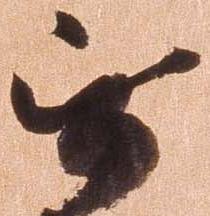
無